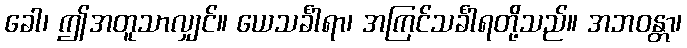
ခေါ၊ ဤအတူသာလျှင်။ ယေသင်္ခါရာ၊ အကြင်သင်္ခါရတို့သည်။ အဘဝန္တာ၊